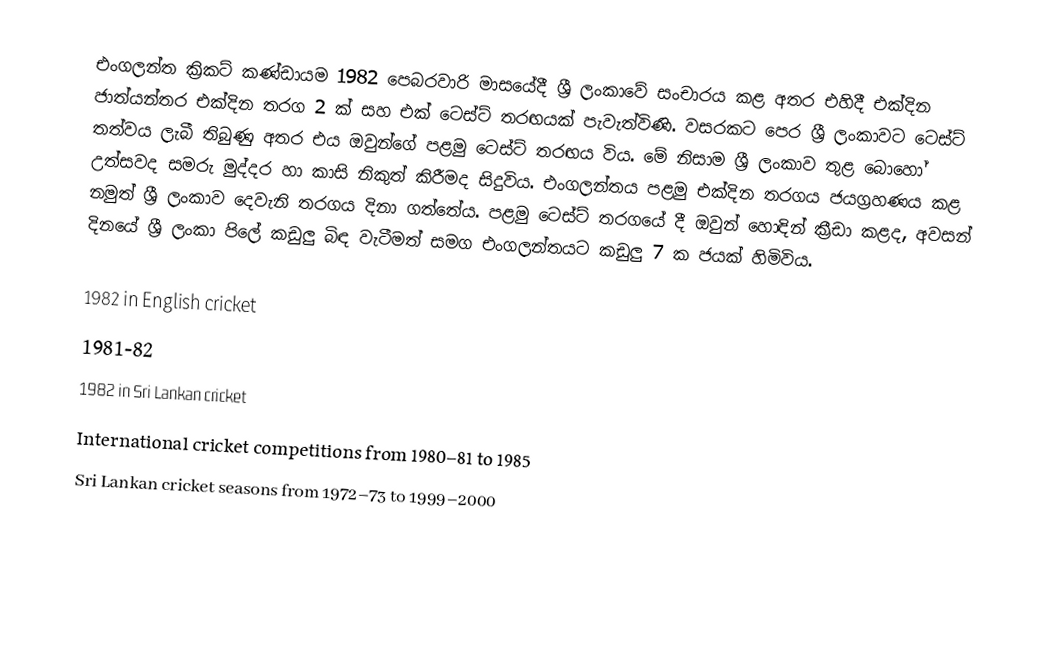
එංගලන්ත ක්‍රිකට් කණ්ඩායම 1982 පෙබරවාරි මාසයේදී ශ්‍රී ලංකාවේ සංචාරය කළ අතර එහිදී එක්දින ජාත්යන්තර එක්දින තරග 2 ක් සහ එක් ටෙස්ට් තරඟයක් පැවැත්විණි. වසරකට පෙර ශ්‍රී ලංකාවට ටෙස්ට් තත්වය ලැබී තිබුණු අතර එය ඔවුන්ගේ පළමු ටෙස්ට් තරඟය විය. මේ නිසාම ශ්‍රී ලංකාව තුළ බොහෝ උත්සවද සමරු මුද්දර හා කාසි නිකුත් කිරීමද සිදුවිය. එංගලන්තය පළමු එක්දින තරගය ජයග්‍රහණය කළ නමුත් ශ්‍රී ලංකාව දෙවැනි තරගය දිනා ගත්තේය. පළමු ටෙස්ට් තරගයේ දී ඔවුන් හොඳින් ක්‍රීඩා කළද, අවසන් දිනයේ ශ්‍රී ලංකා පිලේ කඩුලු බිඳ වැටීමත් සමග එංගලන්තයට කඩුලු 7 ක ජයක් හිමිවිය.

1982 in English cricket
1981-82
1982 in Sri Lankan cricket
International cricket competitions from 1980–81 to 1985
Sri Lankan cricket seasons from 1972–73 to 1999–2000